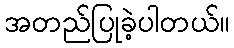
အတည်ပြုခဲ့ပါတယ်။